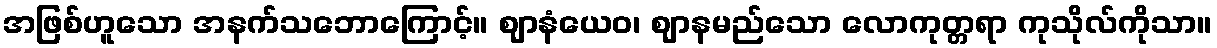
အဖြစ်ဟူသော အနက်သဘောကြောင့်။ ဈာနံယေဝ၊ ဈာနမည်သော လောကုတ္တရာ ကုသိုလ်ကိုသာ။